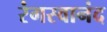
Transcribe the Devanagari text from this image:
रंगस्वानंद